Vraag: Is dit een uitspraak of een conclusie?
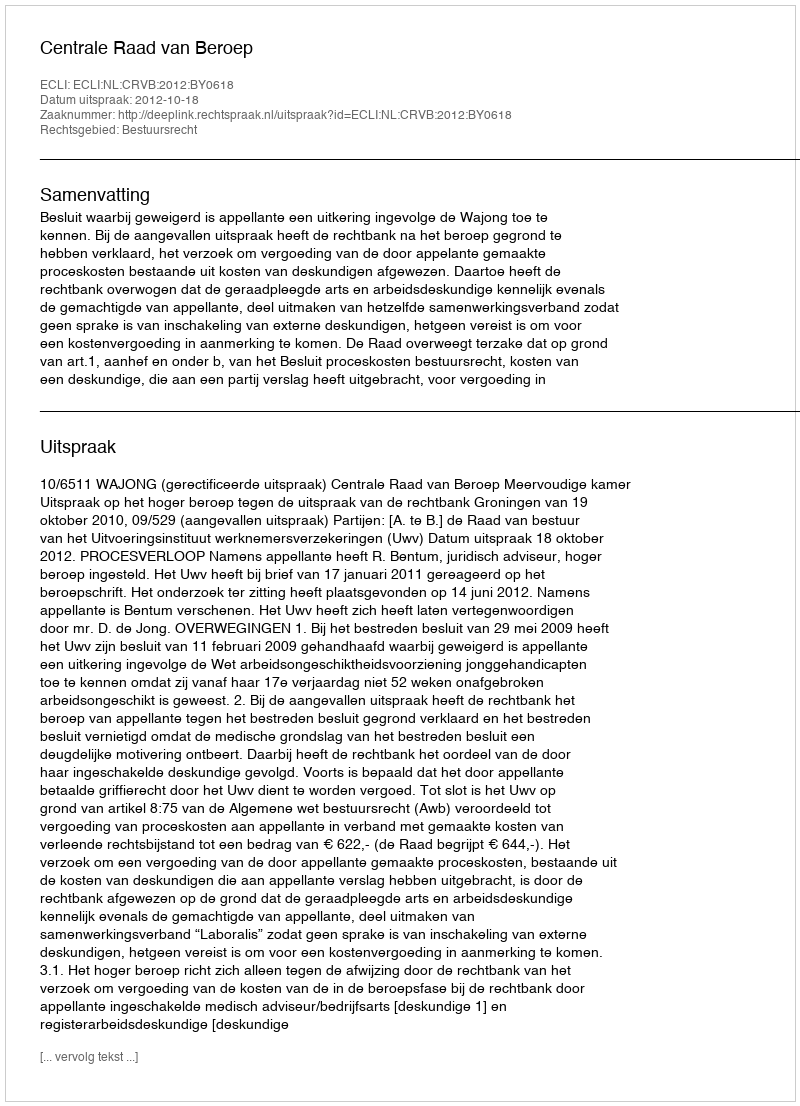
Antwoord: Uitspraak